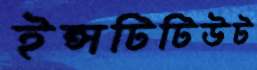
ইন্সটিটিউট